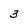
Character: 3